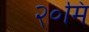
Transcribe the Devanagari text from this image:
२०मि